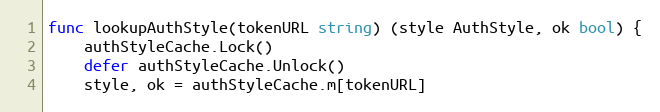
Language: Go
func lookupAuthStyle(tokenURL string) (style AuthStyle, ok bool) {
	authStyleCache.Lock()
	defer authStyleCache.Unlock()
	style, ok = authStyleCache.m[tokenURL]